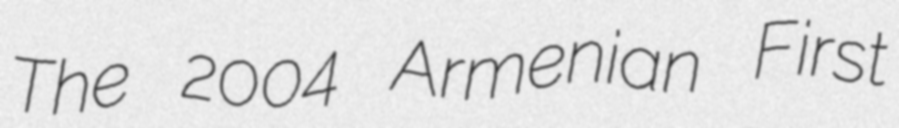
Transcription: The 2004 Armenian First